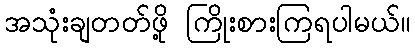
အသုံးချတတ်ဖို့ ကြိုးစားကြရပါမယ်။